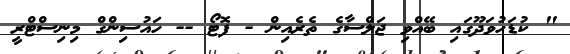
" ކުޑަހުވަދޫގައި ބޭއްވި ޖަލްސާގެ ތެރެއިން - ފޮޓޯ -- ހައުސިންގް މިނިސްޓްރީ